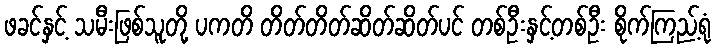
ဖခင်နှင့် သမီးဖြစ်သူတို့ ပကတိ တိတ်တိတ်ဆိတ်ဆိတ်ပင် တစ်ဦးနှင့်တစ်ဦး စိုက်ကြည့်ရုံ